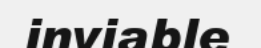
inviable